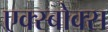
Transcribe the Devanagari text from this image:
एक्स्बोक्स